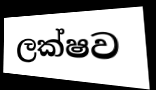
ලක්ෂව